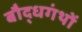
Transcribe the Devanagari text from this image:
बौद्धगंथों